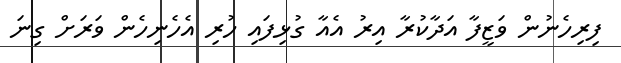
ފިރިހެނުން ވަޒީފާ އަދާކުރާ އިރު އެއާ ގުޅިފައި ހުރި އެހެނިހެން ވަރަށް ގިނަ